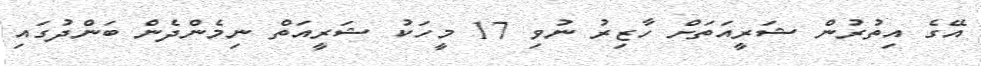
އޭގެ އިތުރުން ޝަރީއަތަށް ހާޒިރު ނުވި 17 މީހަކު ޝަރީއަތް ނިމެންދެން ބަންދުގައި